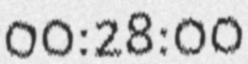
00:28:00